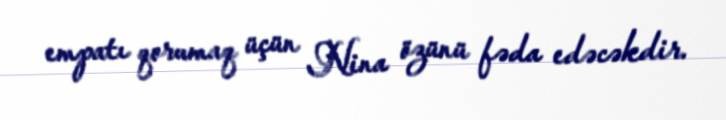
empatı qorumaq üçün Nina özünü fəda edəcəkdir.